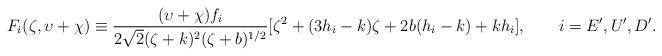
LaTeX: \begin{align*}F_{i}(\zeta ,\upsilon +\chi)\equiv\frac{(\upsilon +\chi)f_{i}}{2\sqrt{2}(\zeta +k)^{2}(\zeta +b)^{1/2}}[\zeta^{2}+(3h_{i}-k)\zeta +2b(h_{i}-k)+kh_{i}], \qquad i=E^{\prime},U^{\prime},D^{\prime}. \end{align*}